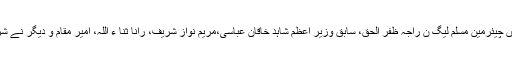
اجلاس میں چیئرمین مسلم لیگ ن راجہ ظفر الحق، سابق وزیر اعظم شاہد خاقان عباسی،مریم نواز شریف، رانا ثنا ء اللہ، امیر مقام و دیگر نے شرکت کی۔